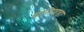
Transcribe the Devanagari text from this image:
दान्तिवाड़ा